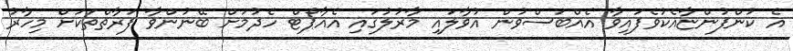
އެ ކުންފުންޏާއެކުވެފައިވާ އެއްބަސްވުން އުވާލައި މާރުލުގައި އެއާޕޯޓް ހެދުމަށް ބޭނުންވާ ފަރާތްތަކަށް މިހާރު